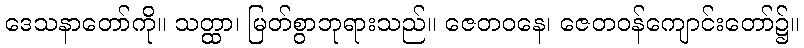
ဒေသနာတော်ကို။ သတ္ထာ၊ မြတ်စွာဘုရားသည်။ ဇေတဝနေ၊ ဇေတဝန်ကျောင်းတော်၌။